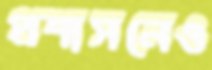
প্রশাসনেও